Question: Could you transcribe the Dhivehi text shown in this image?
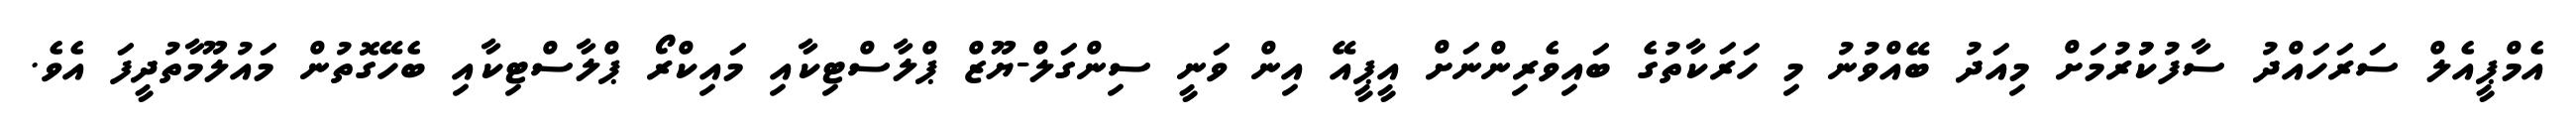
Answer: އެމްޕީއެލް ސަރަހައްދު ސާފުކުުރުމަށް މިއަދު ބޭއްވުނު މި ހަރަކާތުގެ ބައިވެރިންނަށް އީޕީއޭ އިން ވަނީ ސިންގަލް-ޔޫޒް ޕްލާސްޓިކާއި މައިކްރޯ ޕްލާސްޓިކާއި ބެހޭގޮތުން މައުލޫމާތުދީފަ އެވެ.